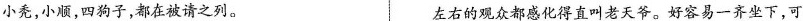
小秃，小题，四狗子，都在被请之列。 左右的观众都感化得直叫老天爷。好容易一齐坐下，可